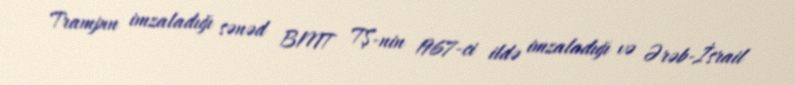
Trampın imzaladığı sənəd BMT TŞ-nin 1967-ci ildə imzaladığı və Ərəb-İsrail